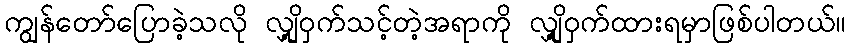
ကျွန်တော်ပြောခဲ့သလို လျှို့ဝှက်သင့်တဲ့အရာကို လျှို့ဝှက်ထားရမှာဖြစ်ပါတယ်။